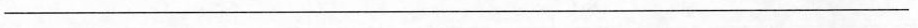
___